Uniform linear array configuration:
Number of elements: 8
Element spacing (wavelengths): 0.5
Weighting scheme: uniform
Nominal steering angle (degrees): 60
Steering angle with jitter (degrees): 58.43
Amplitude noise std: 0.05
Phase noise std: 0.05

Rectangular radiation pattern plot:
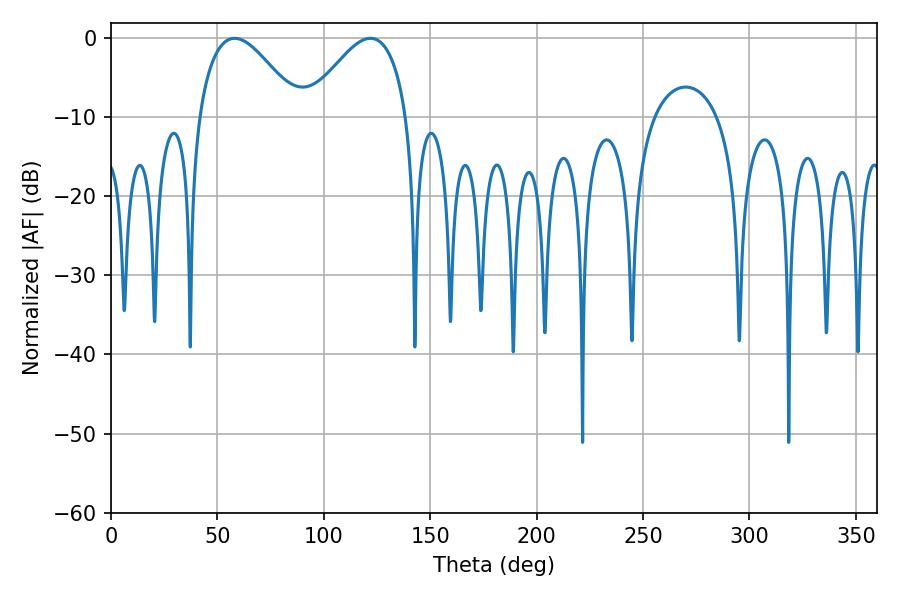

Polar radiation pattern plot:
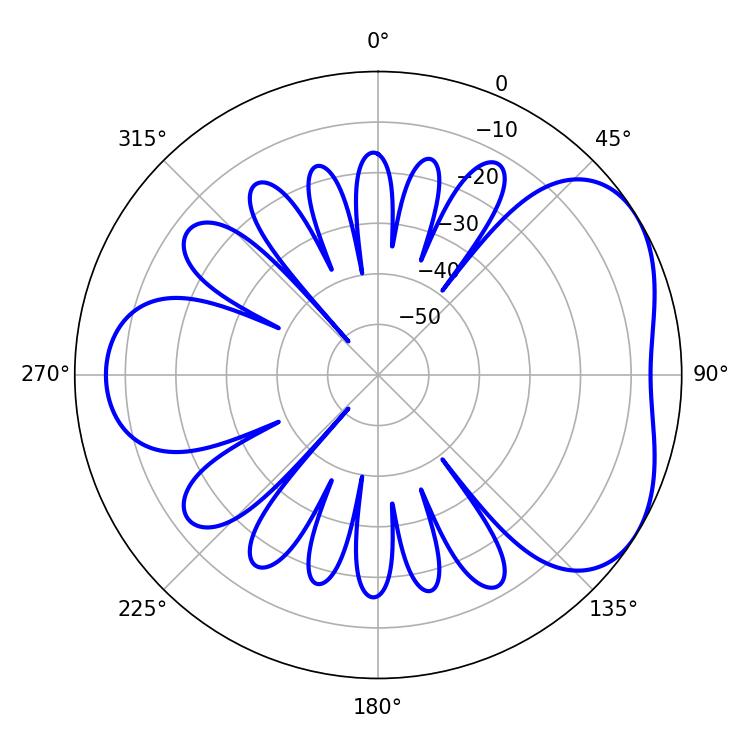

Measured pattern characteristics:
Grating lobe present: FALSE
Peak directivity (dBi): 4.374
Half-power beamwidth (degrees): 25.74
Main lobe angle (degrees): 58.14